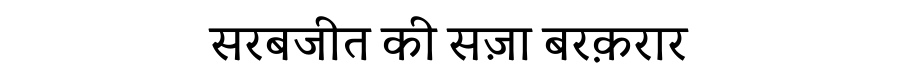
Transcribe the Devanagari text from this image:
सरबजीत की सज़ा बरक़रार